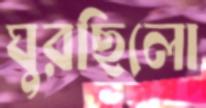
ঘুরছিলো